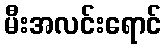
မီးအလင်းရောင်